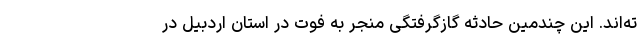
ته‌اند. این چندمین حادثه گازگرفتگی منجر به فوت در استان اردبیل در